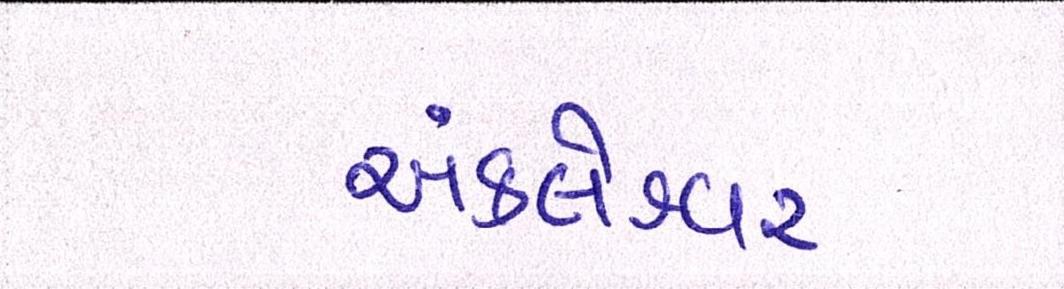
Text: અંકલેશ્વર